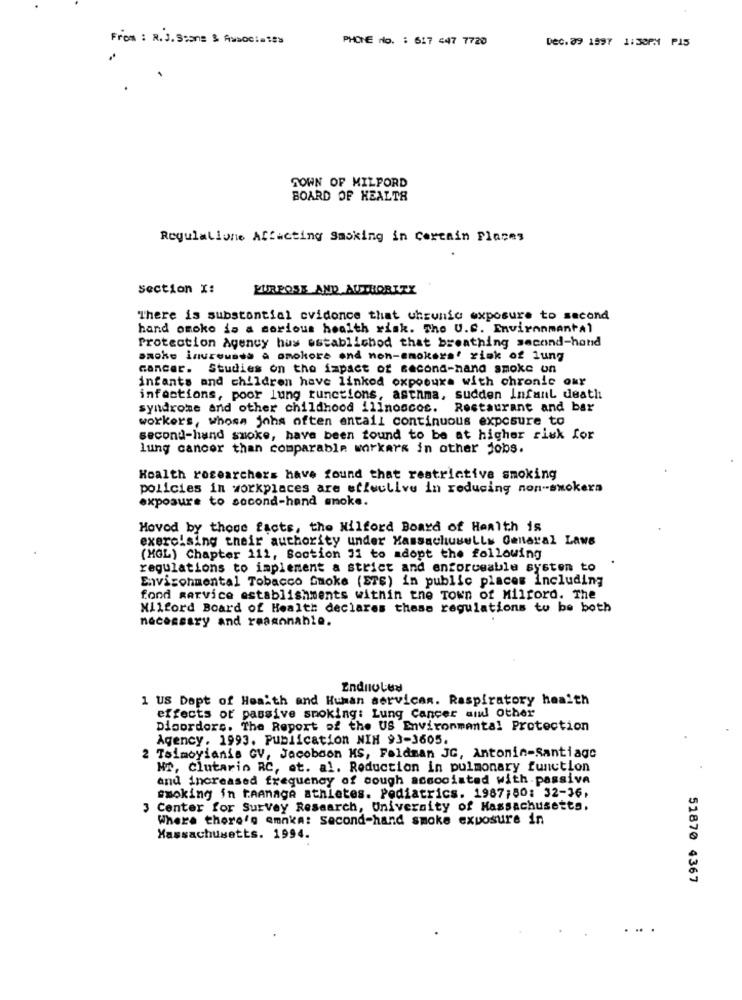
From : R.J.Scans & Asoc !!!
PHONE No. : 617 447 7720
Dec. 09 1997 1:33PM P15
TOWN OF MILFORD
BOARD OF HEALTH
Regulatione Affecting Sacking in Certain Places
Section X:
PURPOSE AND AUTHORITY
There is substantial cvidonce that uhrunic exposure to second
hand omoko is a serious health risk. The U.S. Environmental
Protection Agency hus established that breathing second-hand
smoke inureuses a omokore and non-smokers' risk of lung
cancer. Studies on the impact of second-hand smoke on
infants and children have linkod oxpoouxa with chronic our
infections, poor lung functions, asthma, sudden Infant death
syndrome and other childhood illnoscos. Restaurant and bar
workers, whose johs often entail continuous exposure to
second-hand smoke, have been tound to be at higher risk for
lung cancer than comparable workers in other jobs.
Hoalth rocearchers have found that restrictive smoking
policies in workplaces are etleclive in reducing non-smokers
exposure to second-hand smoke.
Moved by those facts, the Wilford Board of Health is
exercising their authority under Massachusells Genaral Laws
(MGL) Chapter 111, Soction 31 to adopt the following
regulations to implement a strict and enforceable systen to
Environmental Tobacco Smoke (ETS) in public places Including
fond service establishments within the Town of Milford. The
Milford Board of Health declares these regulations to be both
necessary and reasonable.
Endnoted
1 US Dept of Health and Human services. Respiratory health
effects or passive smoking: Lung Cancer and Other
Disorders. The Report of the US Environmental Protection
Agency. 1993. Publication NIH 93-3605.
2 Telmoyianis GV, Jacobson MS, Faldman JC, Antonin-Santiago
Nr, Clutario RC, at. al. Reduction in pulmonary function
and increased frequency of sough associated with.passiva
smoking in tannage athletes. Pediatrics. 1987;80: 32-36,
3 Center for Survey Research, University of Massachusetts.
Where there's emnka: second-hand smoke exposure in
Massachusetts. 1994.
51870 4367
...